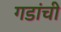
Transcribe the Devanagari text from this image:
गडांची